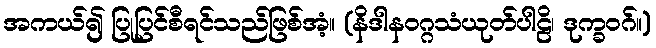
အကယ်၍ ပြုပြင်စီရင်သည်ဖြစ်အံ့။ (နိဒါနဝဂ္ဂသံယုတ်ပါဠိ၊ ဒုက္ခဝဂ်။)